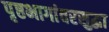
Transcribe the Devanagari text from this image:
पृष्ठभागांवरसुद्धा